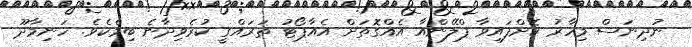
ނުދިނަސް މިހާރު ކޮށްފައިވާ ޕްލޭންއާ އެއްގޮތަށް އެއާޕޯޓު ތަރައްގީ ކުރެވިދާނެ ބިމެކެވެ. ހަނިމާދޫ